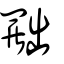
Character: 𠚢